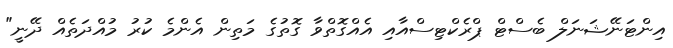
އިންޓަނޭޝަނަލް ބެސްޓް ޕްރެކްޓިސްއާއި އެއްގޮތްވާ ގޮތުގެ މަތިން އެންމެ ކުރު މުއްދަތެއް ދޭނީ"